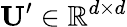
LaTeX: \mathbf{U}^{\prime}\in\mathbb{R}^{d\times d}